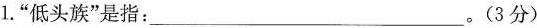
1.”低头族”是指：___。(3分)